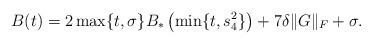
LaTeX: \begin{align*}B(t) = 2 \max\{ t, \sigma\} B_*\left( \min\{ t, s_4^2\} \right) + 7 \delta \lVert G \rVert_{F} + \sigma.\end{align*}